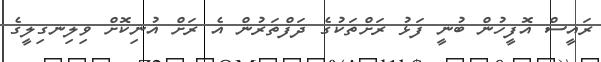
ރައީސް އޮފީހުން ބުނީ ފަޅު ރަށްތަކުގެ ދަފްތަރުން އެ ރަށް އުނިކޮށް ވިލިނގިލީގެ